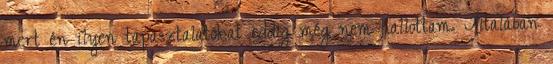
mert én ilyen tapasztalatokat eddig még nem hallottam. Általában